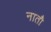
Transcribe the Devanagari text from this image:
नातौ